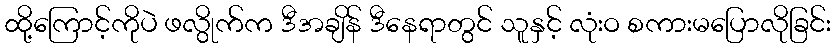
ထို့ကြောင့်ကိုပဲ ဖလွိုက်က ဒီအချိန် ဒီနေရာတွင် သူနှင့် လုံးဝ စကားမပြောလိုခြင်း